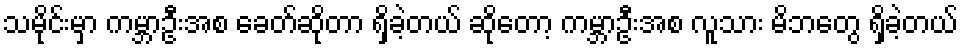
သမိုင်းမှာ ကမ္ဘာဦးအစ ခေတ်ဆိုတာ ရှိခဲ့တယ် ဆိုတော့ ကမ္ဘာဦးအစ လူသား မိဘတွေ ရှိခဲ့တယ်